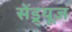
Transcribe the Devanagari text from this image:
सेंड्र्यूज़